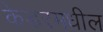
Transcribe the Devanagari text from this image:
केडरमधील